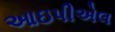
આઇપીએલ